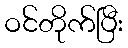
ဝင်တိုက်ပြီး